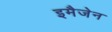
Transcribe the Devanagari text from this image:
इमैजेन